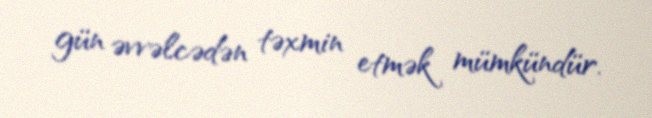
gün əvvəlcədən təxmin etmək mümkündür.